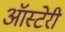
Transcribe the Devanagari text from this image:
ऑस्टेरी